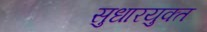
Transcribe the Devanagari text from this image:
सुधारयुक्त